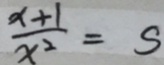
\frac { x + 1 } { x ^ { 2 } } = s